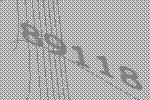
89118